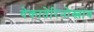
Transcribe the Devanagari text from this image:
येकातेरिनोस्लाव